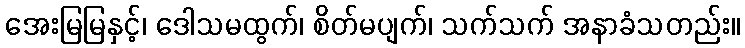
အေးမြမြနှင့်၊ ဒေါသမထွက်၊ စိတ်မပျက်၊ သက်သက် အနာခံသတည်း။